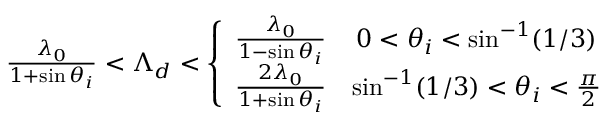
\begin{array} { r } { \frac { \lambda _ { 0 } } { 1 + \sin \theta _ { i } } < \Lambda _ { d } < \left\{ \begin{array} { r c r } { \frac { \lambda _ { 0 } } { 1 - \sin \theta _ { i } } } & { 0 < \theta _ { i } < \sin ^ { - 1 } ( 1 / 3 ) } \\ { \frac { 2 \lambda _ { 0 } } { 1 + \sin \theta _ { i } } } & { \sin ^ { - 1 } ( 1 / 3 ) < \theta _ { i } < \frac { \pi } { 2 } } \end{array} \right. } \end{array}